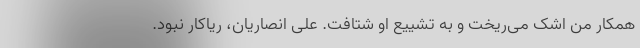
همکار من اشک می‌ریخت و به تشییع او شتافت. علی انصاریان، ریاکار نبود.